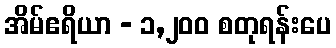
အိမ်ဧရိယာ - ၁,၂၀၀ စတုရန်းပေ